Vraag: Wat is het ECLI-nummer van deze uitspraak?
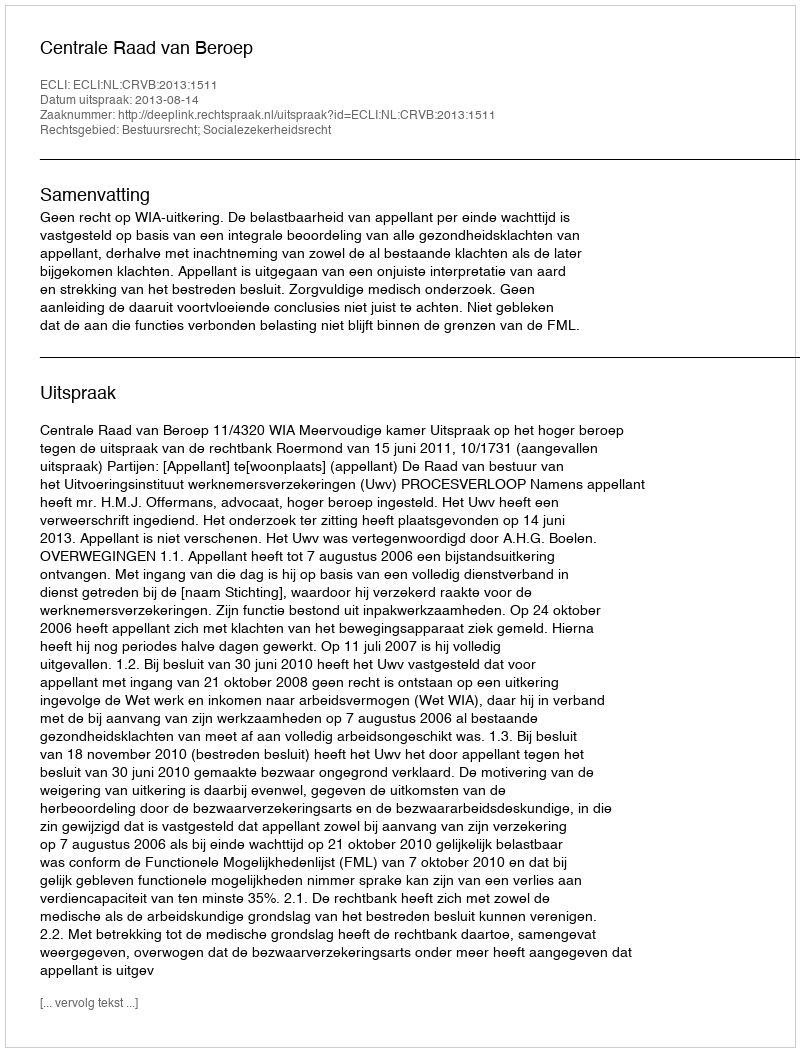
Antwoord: ECLI:NL:CRVB:2013:1511